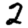
Digit: 2